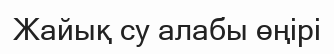
Жайық су алабы өңірі